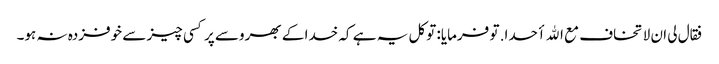
فقال لی ان لا تخاف مع الله أحدا. تو فرمایا: توکل یہ ہے کہ خدا کے بھروسے پر کسی چیز سے خوفزدہ نہ ہو۔